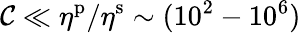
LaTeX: \mathcal{C}\ll\eta^{\mathrm{{p}}}/\eta^{\mathrm{{s}}}\sim(10^{2}-10^{6})